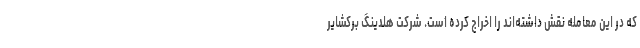
که در این معامله نقش داشته‌اند را اخراج کرده است. شرکت هلدینگ برکشایر